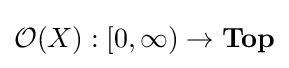
{\mathcal {O}}(X):[0,\infty )\to \mathbf {Top}